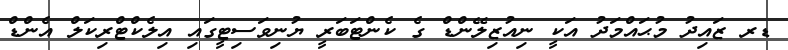
ޑރ ޒައިދު މުޙައްމަދު އަކީ ނިއުޒިލޭންޑް ގެ ކެންޓަބަރީ ޔުނިވަސިޓީގައި އިލެކްޓްރިކަލް އެންޑް